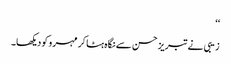
‘‘
زیبی نے تبریز حسن سے نگاہ ہٹا کر مہرو کو دیکھا۔